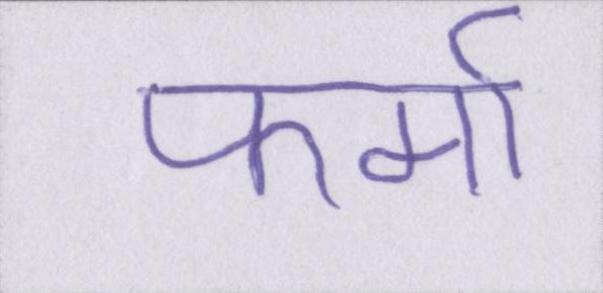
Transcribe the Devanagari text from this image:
फर्मा